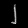
Digit: ၂